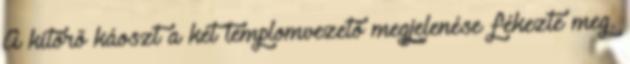
A kitörő káoszt a két templomvezető megjelenése fékezte meg.